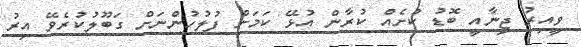
ވީއިރު ޖިނާއީ ބޮޑު ކުށެއް ކުރާން އުޅޭ ކަމަށް ފުލުހުންނަށް ގަބޫލުކުރެވޭ އިރު